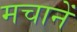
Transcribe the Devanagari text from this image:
मचानें